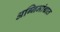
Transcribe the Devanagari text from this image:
अग्निमांद्यात